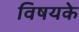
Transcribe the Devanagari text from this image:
विषयके